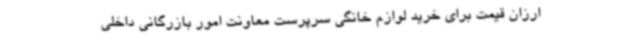
ارزان قیمت برای خرید لوازم خانگی سرپرست معاونت امور بازرگانی داخلی